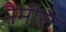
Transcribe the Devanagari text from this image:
नैमीरो